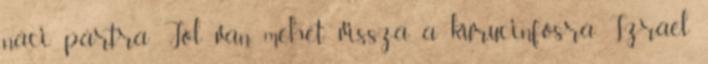
náci pártra Jól van mehet vissza a kurucinfosra. Izrael